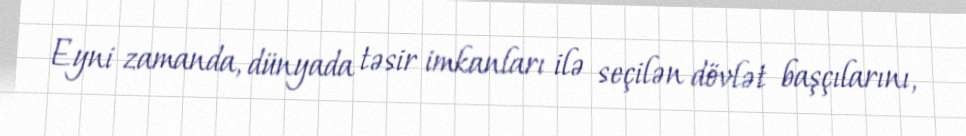
Eyni zamanda, dünyada təsir imkanları ilə seçilən dövlət başçılarını,